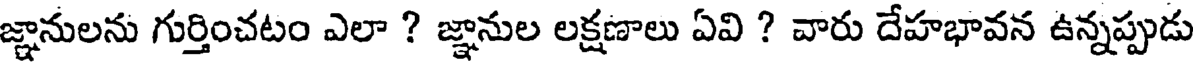
జ్ఞానులను గుర్తించటం ఎలా ? జ్ఞానుల లక్షణాలు ఏవి ? వారు దేహభావన ఉన్నప్పుడు